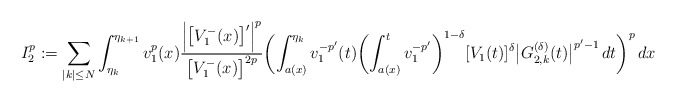
\begin{align*}I_2^p:=\sum_{|k|\le N}\int_{\eta_{k}}^{\eta_{k+1}} v_1^{p}(x)\frac{\Bigl|\bigl[V_1^-(x)\bigr]'\Bigr|^p}{\bigl[V_1^-(x)\bigr]^{2p}}\biggl(\int_{a(x)}^{\eta_{k}} v_1^{-p'}(t)\biggl(\int_{a(x)}^t v_1^{-p'}\biggr)^{1-\delta}[V_1(t)]^{\delta}\bigl|G^{(\delta)}_{2,k}(t)\bigr|^{p'-1}\,dt\biggr)^p\,dx\end{align*}